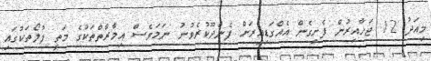
މިއަދު 12 ޖަހާއިރުން ފެށިގެން އެއްގަޑިއިރަށް ފެންދޫކުރެވުނު ނަމަވެސް އިމާރާތްތަކުގެ މަތީ ފުލޯތަކުގައި